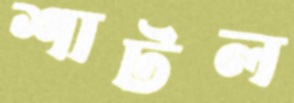
শাটল